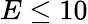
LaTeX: E\leq 10